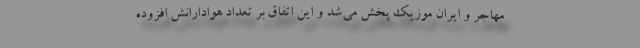
مهاجر و ایران موزیک پخش می‌شد و این اتفاق بر تعداد هوادارانش افزوده